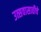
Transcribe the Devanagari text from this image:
उत्सवासाठीचे